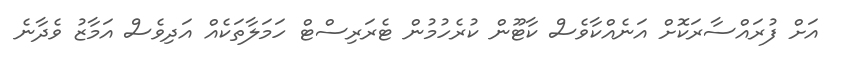
އަށް ފުރައްސާރަކޮށް އަނެއްކާވެސް ކާޓޫން ކުރެހުމުން ޓެރަރިސްޓް ހަމަލާތަކެއް އަދިވެސް އަމާޒު ވެދާނެ